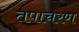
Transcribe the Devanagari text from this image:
तपाचरण